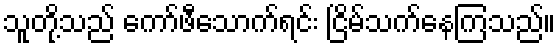
သူတို့သည် ကော်ဖီသောက်ရင်း ငြိမ်သက်နေကြသည်။